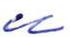
u